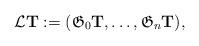
LaTeX: \begin{align*}{\cal L}{\bf T} :=({\frak G}_0{\bf T},\ldots, {\frak G}_n{\bf T}),\end{align*}